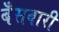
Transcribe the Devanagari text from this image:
बँसवारी